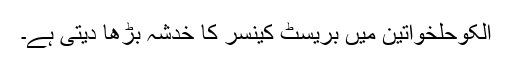
الکوحلخواتین میں بریسٹ کینسر کا خدشہ بڑھا دیتی ہے۔